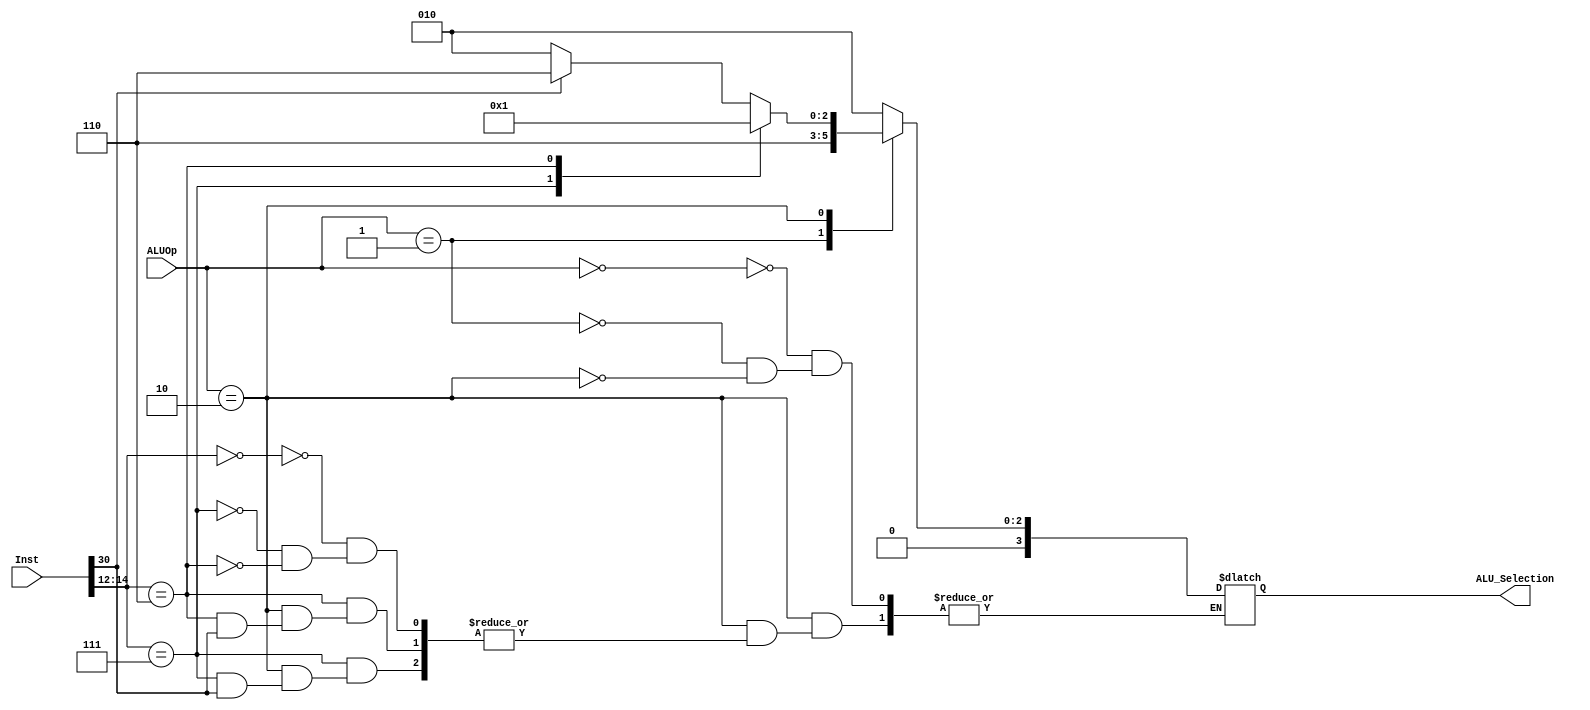
`timescale 1ns / 1ps

module ALU_CU(input [1:0] ALUOp, input [31:0] Inst, output reg [3:0] ALU_Selection);

always @(*)
begin
case(ALUOp)
2'b00:
    begin
    ALU_Selection = 4'b0010;
    end
2'b01:
    begin
    ALU_Selection = 4'b0110;
    end  
2'b10:
    begin
    case(Inst[14:12])
    3'b000:
    begin
    if(Inst[30] == 1)
    ALU_Selection = 4'b0110;
    else
    if(Inst[30] == 0)
    ALU_Selection = 4'b0010;
    end
    3'b111:
    begin
    if(Inst[30] == 0)
    ALU_Selection = 4'b0000;
    end
    3'b110:
    begin
    if(Inst[30] == 0)
    ALU_Selection = 4'b0001;

    end
    endcase    
    end
endcase          
end



endmodule